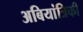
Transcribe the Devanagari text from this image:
अबियांत्रिकी